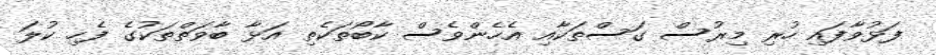
ފަޅުވާފައި ހުރި މިރުސް ގަސްތަކާއި އެހެންވެސް ކާބޯތަކެތި އަޅާ ބާވަތްތަކުގެ ފެހި ކުލަ